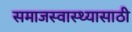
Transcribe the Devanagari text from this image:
समाजस्वास्थ्यासाठी